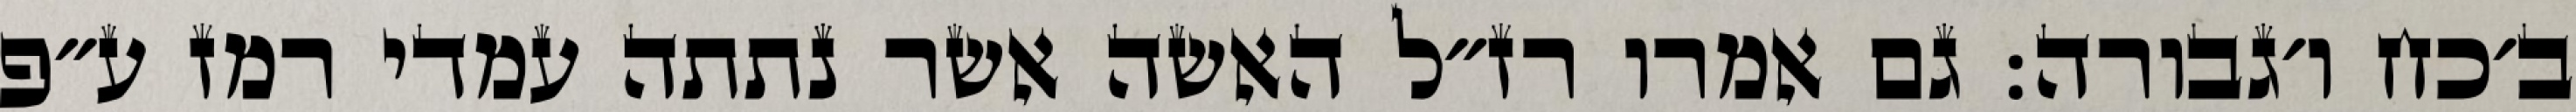
ב׳כח ו׳גבורה: גם אמרו רז״ל האשה אשר נתתה עמדי רמז ע״פ